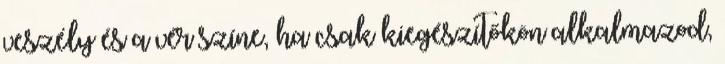
veszély és a vér színe, ha csak kiegészítőkön alkalmazod,